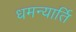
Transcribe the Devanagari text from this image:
धमन्यार्ति